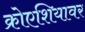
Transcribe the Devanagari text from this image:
क्रोएशियावर